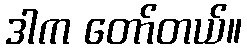
ဒါက တော်တယ်။